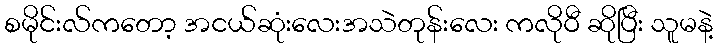
စမိုင်းလ်ကတော့ အငယ်ဆုံးလေးအသဲတုန်းလေး ကလိုဝီ ဆိုပြီး သူမနဲ့